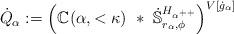
LaTeX: \begin{align*}\dot{Q}_\alpha:= \Big( \mathbb{C}_{}(\alpha, < \kappa) \ * \ \dot{\mathbb{S}}^{H_{\alpha^{++}}}_{r_\alpha,\phi} \Big)^{V[\dot{g}_\alpha]}\end{align*}